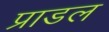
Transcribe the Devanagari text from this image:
प्राडल